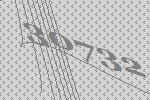
30732